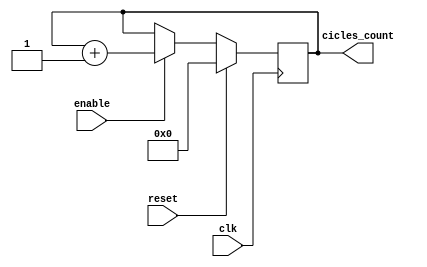
`timescale 1ns / 1ps
//////////////////////////////////////////////////////////////////////////////////
// Company: 
// Engineer: 
// 
// Design Name: 
// Module Name:    cicles_counter 
// Project Name: 
// Target Devices: 
// Tool versions: 
// Description: 
//
// Dependencies: 
//
// Revision: 
// Revision 0.01 - File Created
// Additional Comments: 
//
//////////////////////////////////////////////////////////////////////////////////
module cicles_counter(
	reset,
	enable,
	clk,
	cicles_count
    );

input reset;
input enable;
input clk;
output reg [7:0]cicles_count;

always@(negedge clk)
	begin
		if(enable != 0)
			cicles_count = cicles_count + 1; 
		if(reset == 1)
			cicles_count = 0;
	end

endmodule